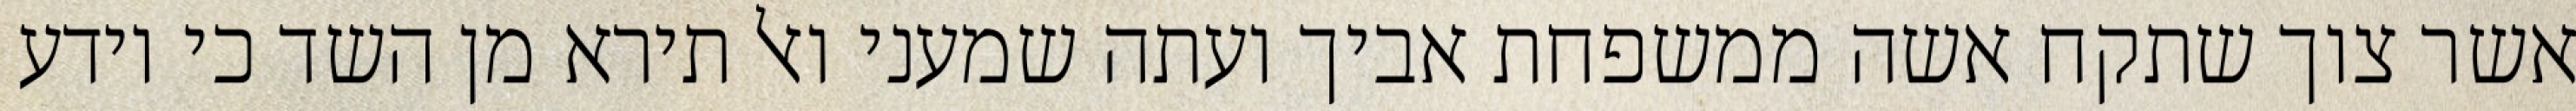
אשר צוך שתקח אשה ממשפחת אביך ועתה שמעני ואל תירא מן השד כי יודע